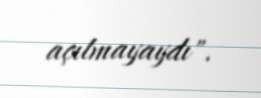
açılmayaydı".